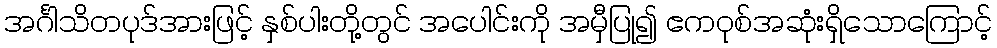
အင်္ဂါသိတပုဒ်အားဖြင့် နှစ်ပါးတို့တွင် အပေါင်းကို အမှီပြု၍ ဧကဝုစ်အဆုံးရှိသောကြောင့်